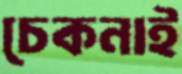
চেকনাই